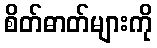
စိတ်ဓာတ်များကို